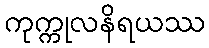
ကုက္ကုလနိရယဿ